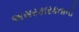
અસરકારકતાની